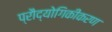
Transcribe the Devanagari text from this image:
प्रौद्योगिकीकरण